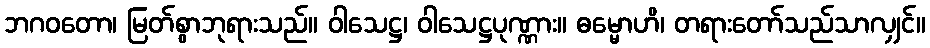
ဘဂဝတော၊ မြတ်စွာဘုရားသည်။ ဝါသေဋ္ဌ၊ ဝါသေဋ္ဌပုဏ္ဏား။ ဓမ္မောဟိ၊ တရားတော်သည်သာလျှင်။